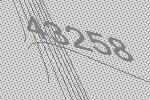
43258